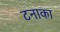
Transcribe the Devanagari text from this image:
टनाका